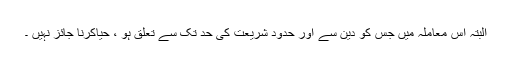
البتہ اس معاملہ میں جس کو دین سے اور حدودِ شریعت کی حد تک سے تعلق ہو ، حیاکرنا جائز نہیں ۔